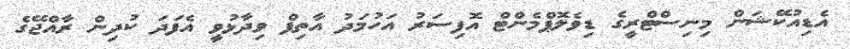
އެޑިއުކޭޝަން މިނިސްޓްރީގެ ޑިވެލޮޕްމެންޓް އޮފިސަރު އަހުމަދު އާތިފް ވިދާޅުވީ އެފަދަ ކުދިން ރާއްޖޭގެ